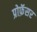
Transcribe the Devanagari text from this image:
प्रोफ़ॅसर